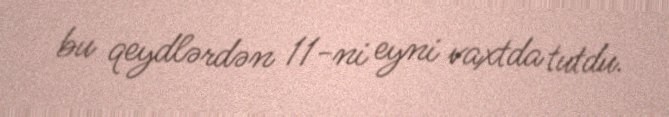
bu qeydlərdən 11-ni eyni vaxtda tutdu.